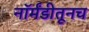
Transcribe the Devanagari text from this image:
नॉर्मंडीतूनच